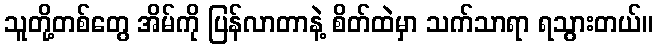
သူတို့တစ်တွေ အိမ်ကို ပြန်လာတာနဲ့ စိတ်ထဲမှာ သက်သာရာ ရသွားတယ်။